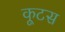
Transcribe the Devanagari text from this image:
कूटस